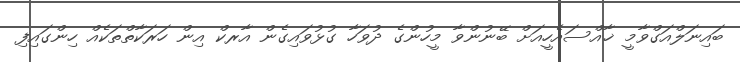
ބައިނަލްއަގްވާމީ ޚާއްސައެހީއަށް ބޭނުންވާ މީހުންގެ ދުވަހާ ގުޅުވައިގެން އާރކް އިން ހަރަކާތްތަކެއް ހިންގައިފި